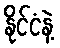
နိုင်ငံနဲ့